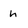
Character: h